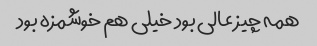
همه چیز عالی بود خیلی هم خوشمزه بود